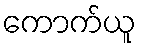
ကောက်ယူ